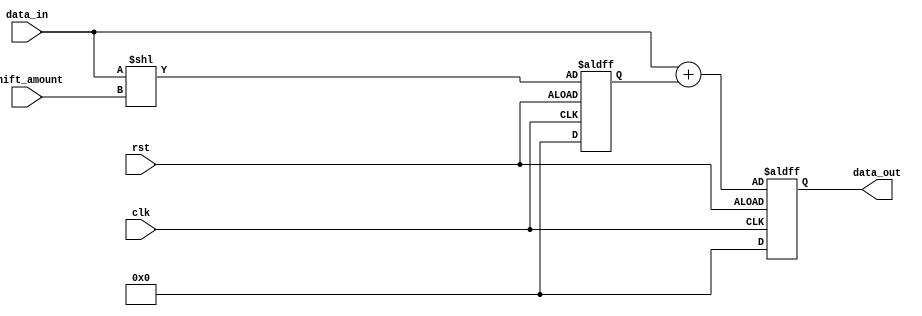
module shift_add_register(
  input wire clk,
  input wire rst,
  input wire [7:0] data_in,
  input wire [2:0] shift_amount,
  output reg [7:0] data_out
);

reg [7:0] shifted_data;

always @(posedge clk or negedge rst) begin
  if (rst) begin
    data_out <= 8'h00; // initialize output
    shifted_data <= 8'h00; // initialize shifted data
  end else begin
    // Shift data to the left by shift_amount bits
    shifted_data <= data_in << shift_amount;
    
    // Add shifted data to original input
    data_out <= data_in + shifted_data;
  end
end

endmodule